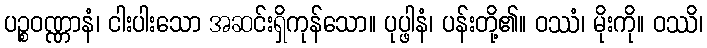
ပဉ္စဝဏ္ဏာနံ၊ ငါးပါးသော အဆင်းရှိကုန်သော။ ပုပ္ဖါနံ၊ ပန်းတို့၏။ ဝဿံ၊ မိုးကို။ ဝဿိ၊